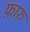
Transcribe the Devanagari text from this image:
फ़ारु